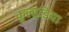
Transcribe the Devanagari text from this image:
कुल्हडि़या